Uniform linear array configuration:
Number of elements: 12
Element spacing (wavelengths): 0.5
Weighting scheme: cosine
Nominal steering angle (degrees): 15
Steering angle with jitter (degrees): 15.098
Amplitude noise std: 0.05
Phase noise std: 0.05

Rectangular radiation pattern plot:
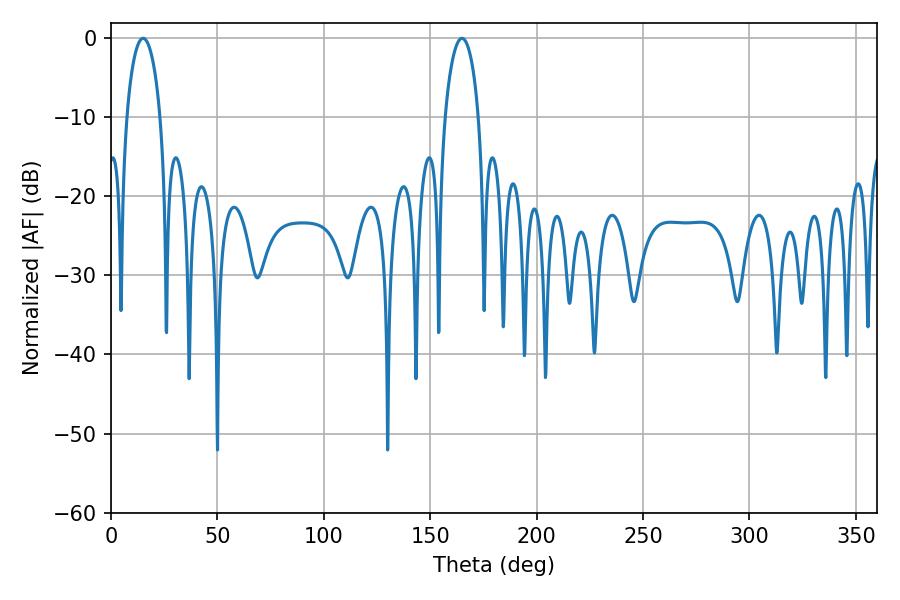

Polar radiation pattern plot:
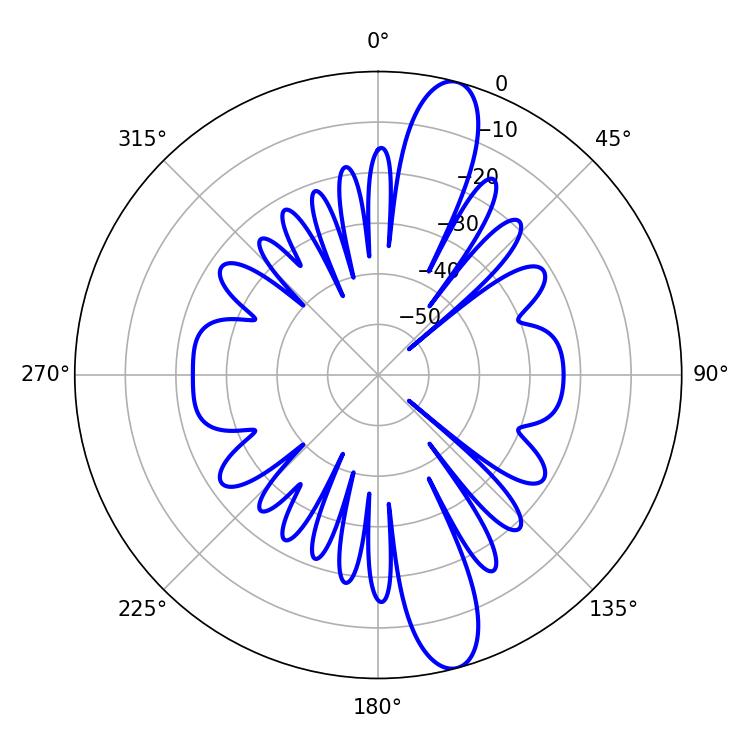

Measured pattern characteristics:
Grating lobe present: FALSE
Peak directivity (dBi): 13.509
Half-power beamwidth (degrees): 9
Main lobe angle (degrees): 15.12